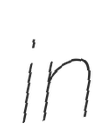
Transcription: in